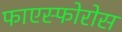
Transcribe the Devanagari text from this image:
फाएस्फोरोस